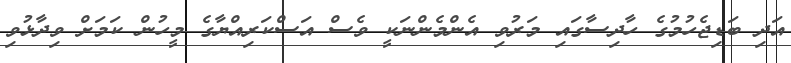
އަދި ބަޑިޖެހުމުގެ ހާދިސާގައި މަރުވި އެންމެންނަކީ ވެސް އަސްކަރިއްޔާގެ މީހުން ކަމަށް ވިދާޅުވި